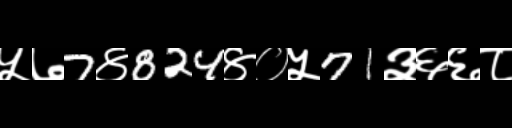
Text: ५७7४824४०५71३६६८